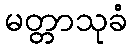
မတ္တာသုခံ